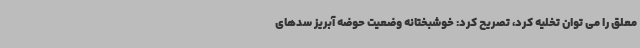
معلق را می توان تخلیه کرد، تصریح کرد: خوشبختانه وضعیت حوضه آبریز سدهای